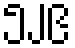
၅၂၉